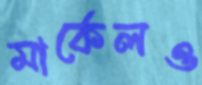
মার্কেলও